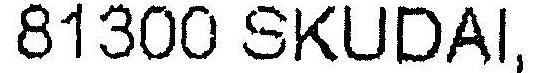
81300 SKUDAI,